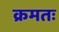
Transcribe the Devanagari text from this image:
क्रमतः